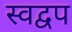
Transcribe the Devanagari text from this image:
स्वद्वप